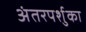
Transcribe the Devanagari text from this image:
अंतरपर्शुका